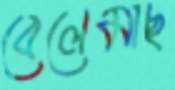
বেলেমাছ